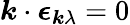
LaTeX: \boldsymbol{k}\cdot\boldsymbol{\epsilon}_{\boldsymbol{k}\lambda}=0